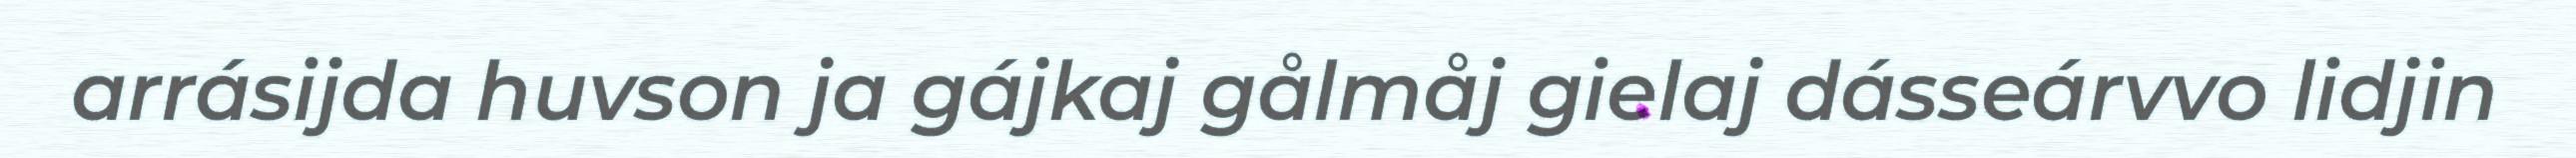
arrásijda huvson ja gájkaj gålmåj gielaj dásseárvvo lidjin